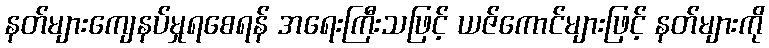
နတ်များကျေနပ်မှုရစေရန် အရေးကြီးသဖြင့် ယဇ်ကောင်များဖြင့် နတ်များကို